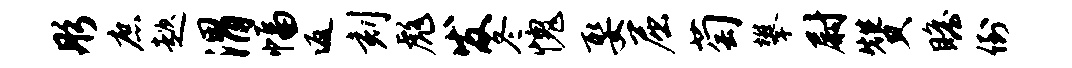
彤庶趑渭幅返刻彪发冬愧娶屈萄攀尉赞瞻倒